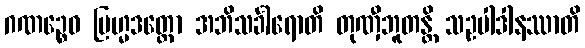
ဂဏဉ္စေဝ ဗြဟ္မဒတ္တော အဘိသင်္ခါရောတိ တုဏှီဘူတန္တိ သဥပါဒါနဿာတိ